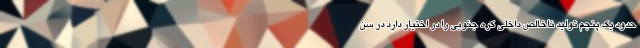
حدود یک پنجم تولید ناخالص داخلی کره جنوبی را در اختیار دارد در سن